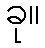
ခု။